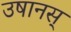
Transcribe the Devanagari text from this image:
उषानस्‌